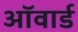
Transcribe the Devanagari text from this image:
ऑवार्ड